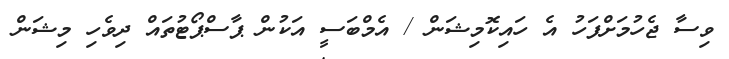
ވިސާ ޖެހުމަށްފަހު އެ ހައިކޮމިޝަން / އެމްބަސީ އަކުން ޕާސްޕޯޓުތައް ދިވެހި މިޝަން